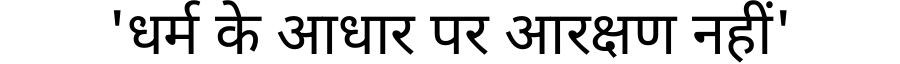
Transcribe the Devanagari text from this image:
'धर्म के आधार पर आरक्षण नहीं'